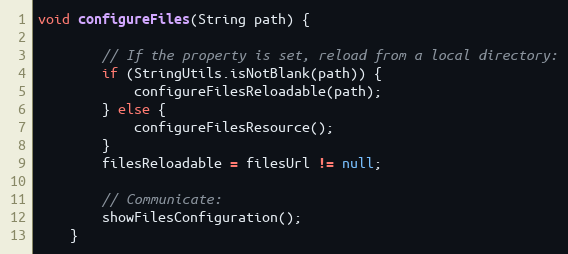
Language: Java
void configureFiles(String path) {

        // If the property is set, reload from a local directory:
        if (StringUtils.isNotBlank(path)) {
            configureFilesReloadable(path);
        } else {
            configureFilesResource();
        }
        filesReloadable = filesUrl != null;

        // Communicate:
        showFilesConfiguration();
    }